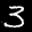
Label: 3